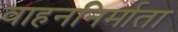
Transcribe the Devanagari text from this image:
वाहननिर्माता